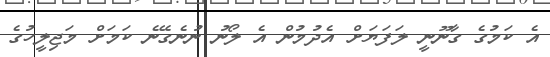
އެ ކަމުގެ ގާނޫނީ ލަފަޔަށް އެދުމުން އެ ލޯނު ނުނެގޭނެ ކަމަށް މަޖިލީހުގެ